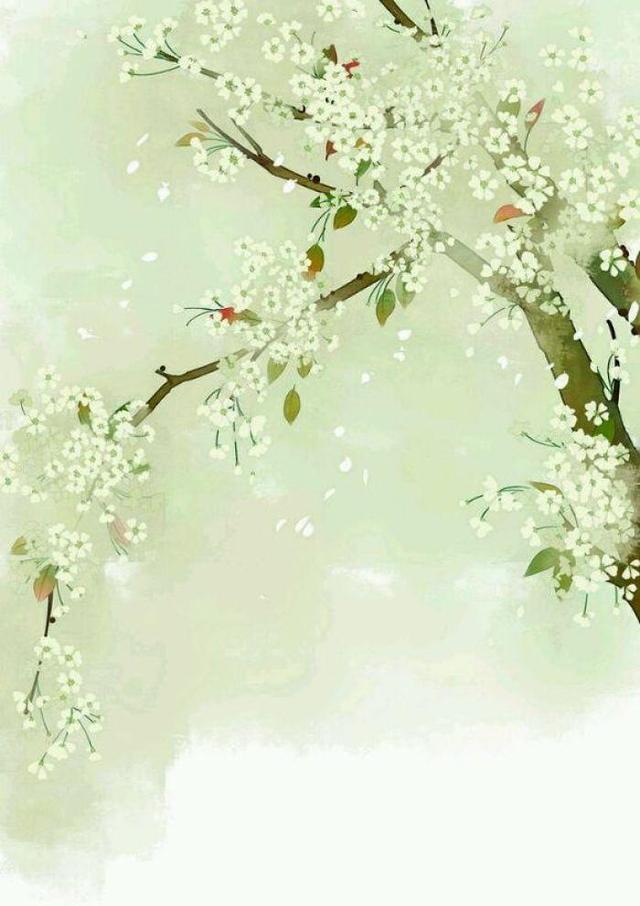
月有盈亏花有开谢，想人生最苦离别。